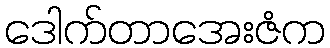
ဒေါက်တာအေးဇံက